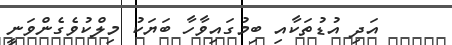
އަދި އުޑުތަކާއި ބިމުގައިވާހާ ބަޔަކު މިލްކުވެގެންވަނީ